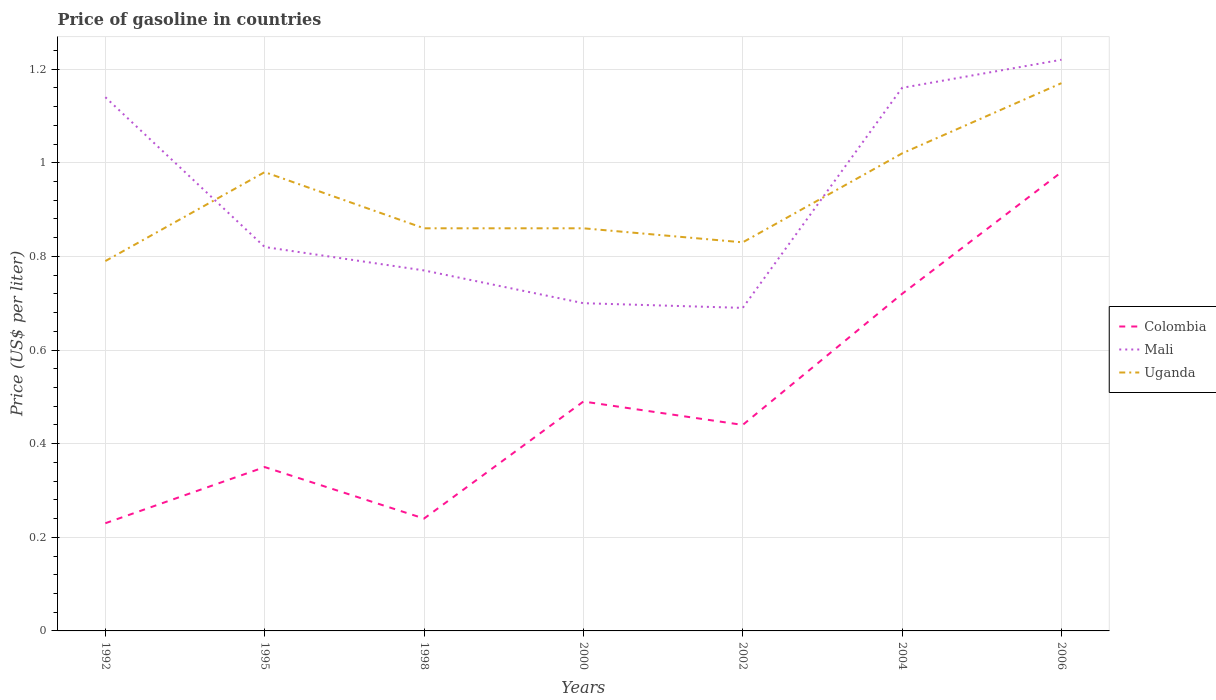
| Years | Colombia | Mali | Uganda |
 | --- | --- | --- | --- |
 | 1992 | 0.23 | 1.14 | 0.79 |
 | 1995 | 0.35 | 0.82 | 0.98 |
 | 1998 | 0.24 | 0.77 | 0.86 |
 | 2000 | 0.49 | 0.7 | 0.86 |
 | 2002 | 0.44 | 0.69 | 0.83 |
 | 2004 | 0.72 | 1.16 | 1.02 |
 | 2006 | 0.98 | 1.22 | 1.17 |